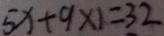
5 x + 9 \times 1 = 3 2